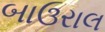
બાઉરાલ